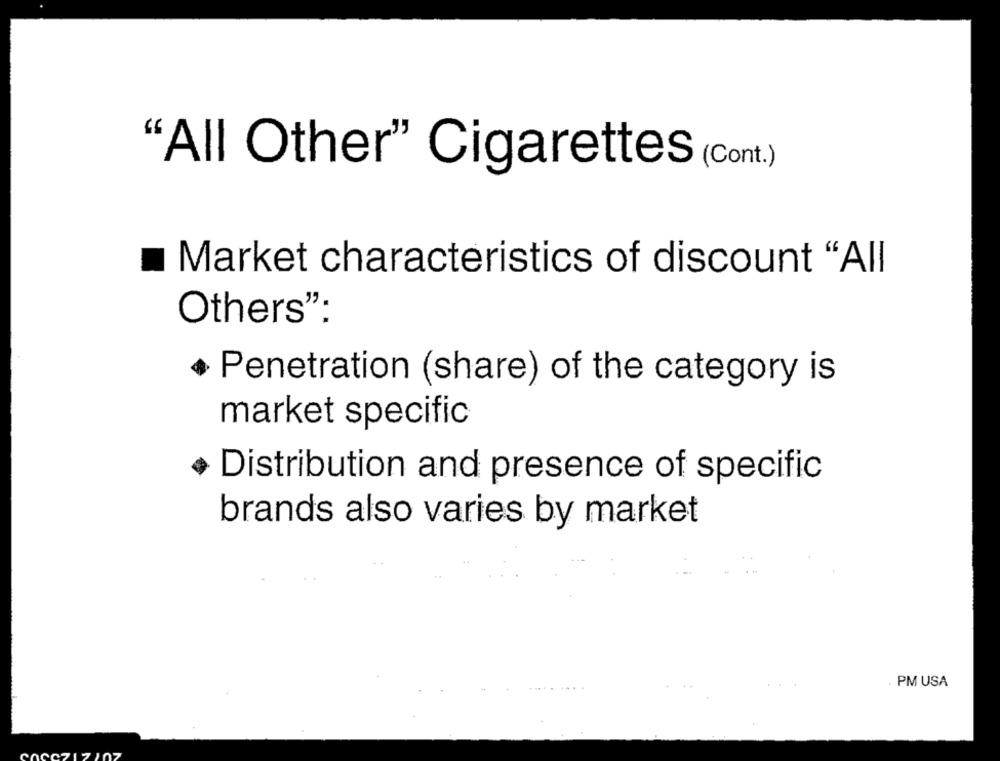
"All Other" Cigarettes (Cont.)
Market characteristics of discount "All
Others":
Penetration (share) of the category is
market specific
Distribution and presence of specific
brands also varies by market
PM USA